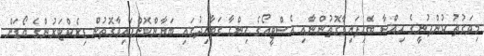
މިވަގުތު ކުންފުނީގެ ޙިއްޞާ ބެހިފައިވާގޮތުންނާއި އެސްޓީއޯގެ ހިންގާ ގަވާއިދުގައި ބަޔާންކޮށްފައިވާގޮތުން ޑިރެކްޓަރުުންގެ ބޯޑަށް